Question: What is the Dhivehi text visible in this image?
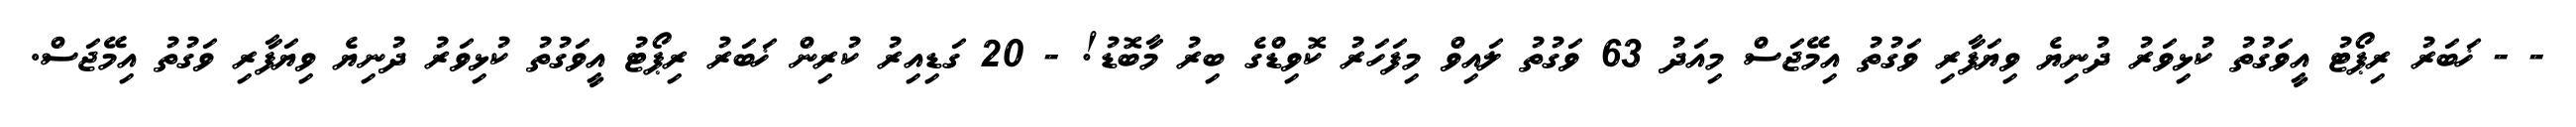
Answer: - - ޚަބަރު ރިޕޯޓު އީވަގުތު ކުޅިވަރު ދުނިޔެ ވިޔަފާރި ވަގުތު އިމޭޖަސް މިއަދު 63 ވަގުތު ލައިވް މިފަހަރު ކޮވިޑްގެ ބިރު މާބޮޑު! - 20 ގަޑިއިރު ކުރިން ޚަބަރު ރިޕޯޓު އީވަގުތު ކުޅިވަރު ދުނިޔެ ވިޔަފާރި ވަގުތު އިމޭޖަސް.